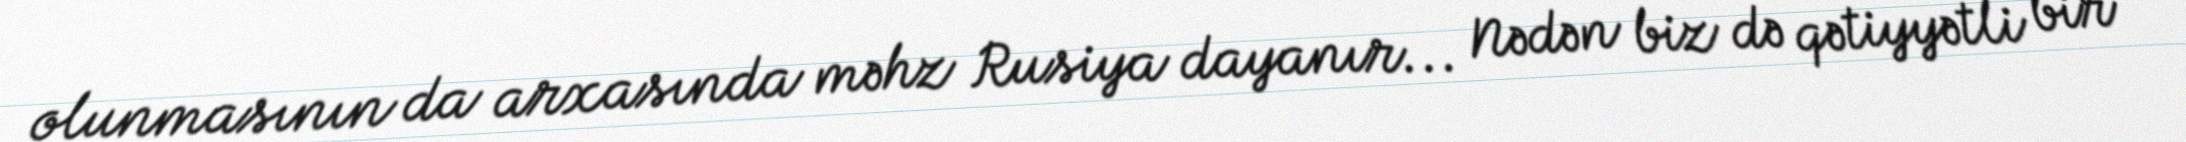
olunmasının da arxasında məhz Rusiya dayanır... Nədən biz də qətiyyətli bir